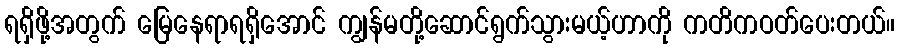
ရရှိဖို့အတွက် မြေနေရာရရှိအောင် ကျွန်မတို့ဆောင်ရွက်သွားမယ့်ဟာကို ကတိကဝတ်ပေးတယ်။